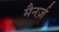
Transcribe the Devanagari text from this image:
मैनर्ज़